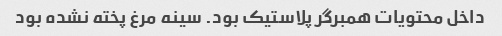
داخل محتویات همبرگر پلاستیک بود. سینه مرغ پخته نشده بود